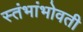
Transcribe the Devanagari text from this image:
स्तंभांभोवती